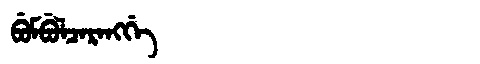
Manchu: ᠪᡠᠮᠪᡠᠯᠴᠠᡵᠠᠩᡤᡝ
Romanization: BUMBULCARANGGE